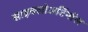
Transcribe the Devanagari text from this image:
साइक्लोअर्टिनॉल